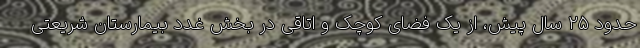
حدود ۲۵ سال پیش، از یک فضای کوچک و اتاقی در بخش غدد بیمارستان شریعتی